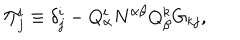
LaTeX: \Pi _ { j } ^ { i } \equiv \delta _ { j } ^ { i } - Q _ { \alpha } ^ { i } N ^ { \alpha \beta } Q _ { \beta } ^ { k } G _ { k j } ,